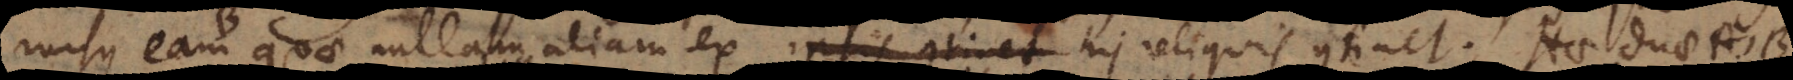
rursus eam quae nullam aliam ex ipsis his reliquis continet. Hae duae A,